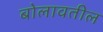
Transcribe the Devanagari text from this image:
बोलावतील